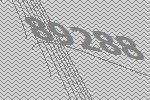
89288